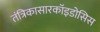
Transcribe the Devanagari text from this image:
तंत्रिकासारकॉइडोसिस